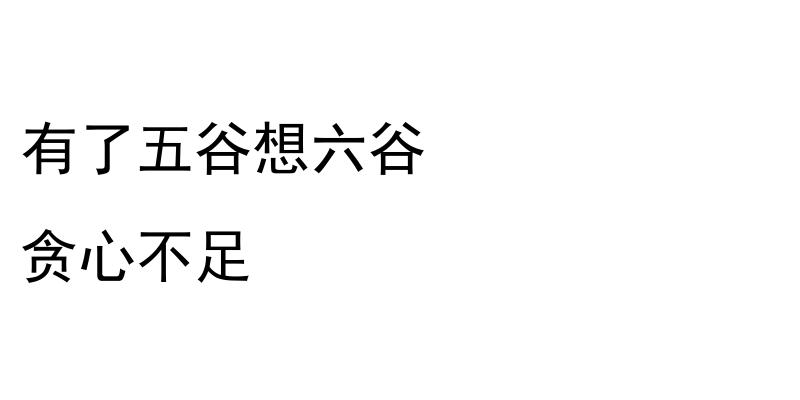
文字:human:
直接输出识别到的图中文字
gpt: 有了五谷想六谷 贪心不足